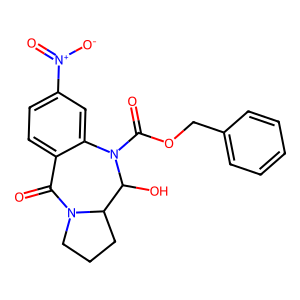
SMILES: O=C1c2ccc([N+](=O)[O-])cc2N(C(=O)OCc2ccccc2)C(O)C2CCCN12
Inhibits HIV replication: No